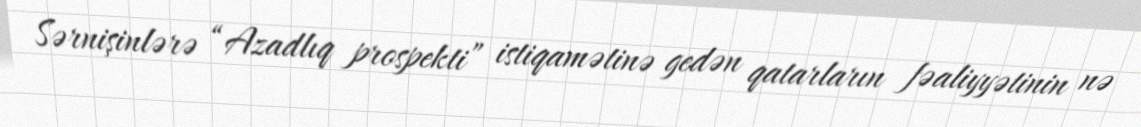
Sərnişinlərə “Azadlıq prospekti” istiqamətinə gedən qatarların fəaliyyətinin nə